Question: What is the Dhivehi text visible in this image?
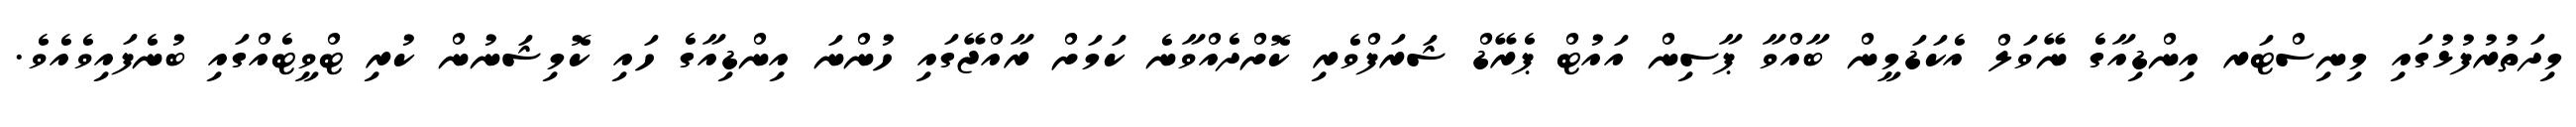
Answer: މިދަތުރުފުޅުގައި މިނިސްޓަރ އިންޑިއާގެ ނޭވަލް އެކަޑަމީން ބާއްވާ ޕާސިން އައުޓް ޕެރޭޑް ޝަރަފްވެރި ކޮށްދެއްވާނެ ކަމަށް ރާއްޖޭގައި ހުންނަ އިންޑިއާގެ ހައި ކޮމިޝަނުން ކުރި ޓްވީޓެއްގައި ބުނެފައިވެއެވެ.